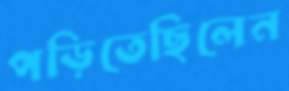
পড়িতেছিলেন